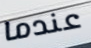
عندما